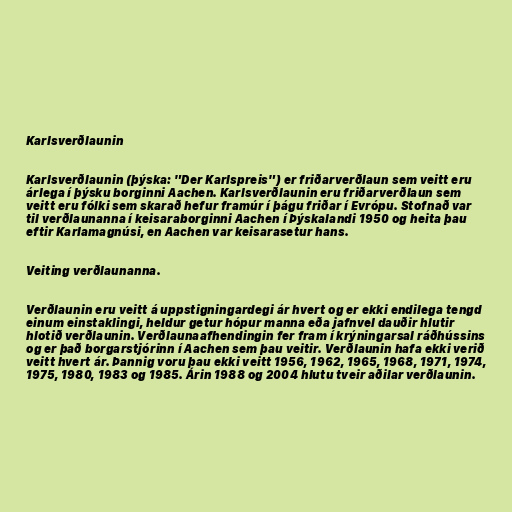
Karlsverðlaunin

Karlsverðlaunin (þýska: "Der Karlspreis") er friðarverðlaun sem veitt eru
árlega í þýsku borginni Aachen. Karlsverðlaunin eru friðarverðlaun sem
veitt eru fólki sem skarað hefur framúr í þágu friðar í Evrópu. Stofnað var
til verðlaunanna í keisaraborginni Aachen í Þýskalandi 1950 og heita þau
eftir Karlamagnúsi, en Aachen var keisarasetur hans.

Veiting verðlaunanna.

Verðlaunin eru veitt á uppstigningardegi ár hvert og er ekki endilega tengd
einum einstaklingi, heldur getur hópur manna eða jafnvel dauðir hlutir
hlotið verðlaunin. Verðlaunaafhendingin fer fram í krýningarsal ráðhússins
og er það borgarstjórinn í Aachen sem þau veitir. Verðlaunin hafa ekki verið
veitt hvert ár. Þannig voru þau ekki veitt 1956, 1962, 1965, 1968, 1971, 1974,
1975, 1980, 1983 og 1985. Árin 1988 og 2004 hlutu tveir aðilar verðlaunin.